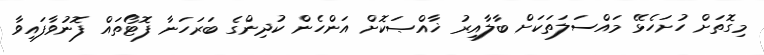
މިގޮތަށް ހުށަހެޅޭ މައްސަލަތަކަށް ބާލާއިރު ޚާއްޞަކޮށް އަންހެން ކުދިންގެ ބަރަހަނާ ފޮޓޯތައް ފޮނުވާފައިވާ